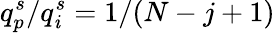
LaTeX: q_{p}^{s}/q_{\mathit{i}}^{s}=1/(N-j+1)